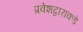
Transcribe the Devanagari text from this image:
प्रवेशद्वाराकडे